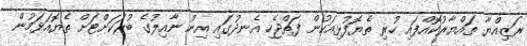
ރަޒިއްޔާ ތައްޔާރުކޮއްފައި ހުރި ތެޔޮފުޅިއަކުން ފަތްޖެހި އެނދުގައި އިން ނާއިލުގެ ބުރަކަށްޓަށް ތެޔޮއަޅަމުން